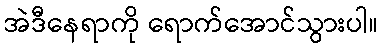
အဲဒီနေရာကို ရောက်အောင်သွားပါ။